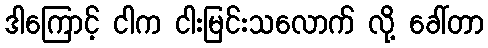
ဒါကြောင့် ငါက ငါးမြင်းသလောက် လို့ ခေါ်တာ